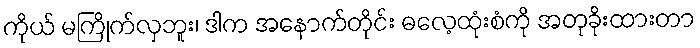
ကိုယ် မကြိုက်လှဘူး၊ ဒါက အနောက်တိုင်း ဓလေ့ထုံးစံကို အတုခိုးထားတာ